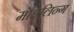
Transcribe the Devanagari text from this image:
मॉडलिन्ग